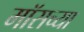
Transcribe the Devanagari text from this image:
मॉसच्या